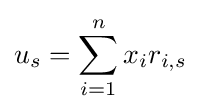
u_{s}=\sum \limits _{i=1}^{n}x_{i}r_{i,s}